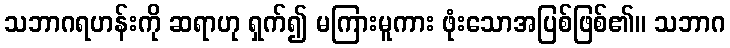
သဘာဂရဟန်းကို ဆရာဟု ရှက်၍ မကြားမူကား ဖုံးသောအပြစ်ဖြစ်၏။ သဘာဂ